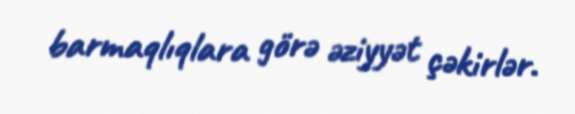
barmaqlıqlara görə əziyyət çəkirlər.